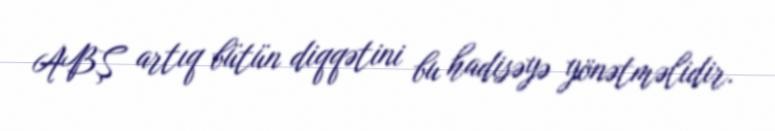
ABŞ artıq bütün diqqətini bu hadisəyə yönətməlidir.